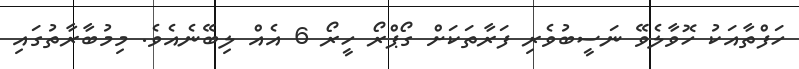
ހަފްތާއަކު ހޮވާލެވޭ ނަސީބުވެރި ފަރާތަކަށް ގޯޕްރޯ ހީރޯ 6 އެއް ލިބޭނެއެވެ. މިމުބާރާތުގައި